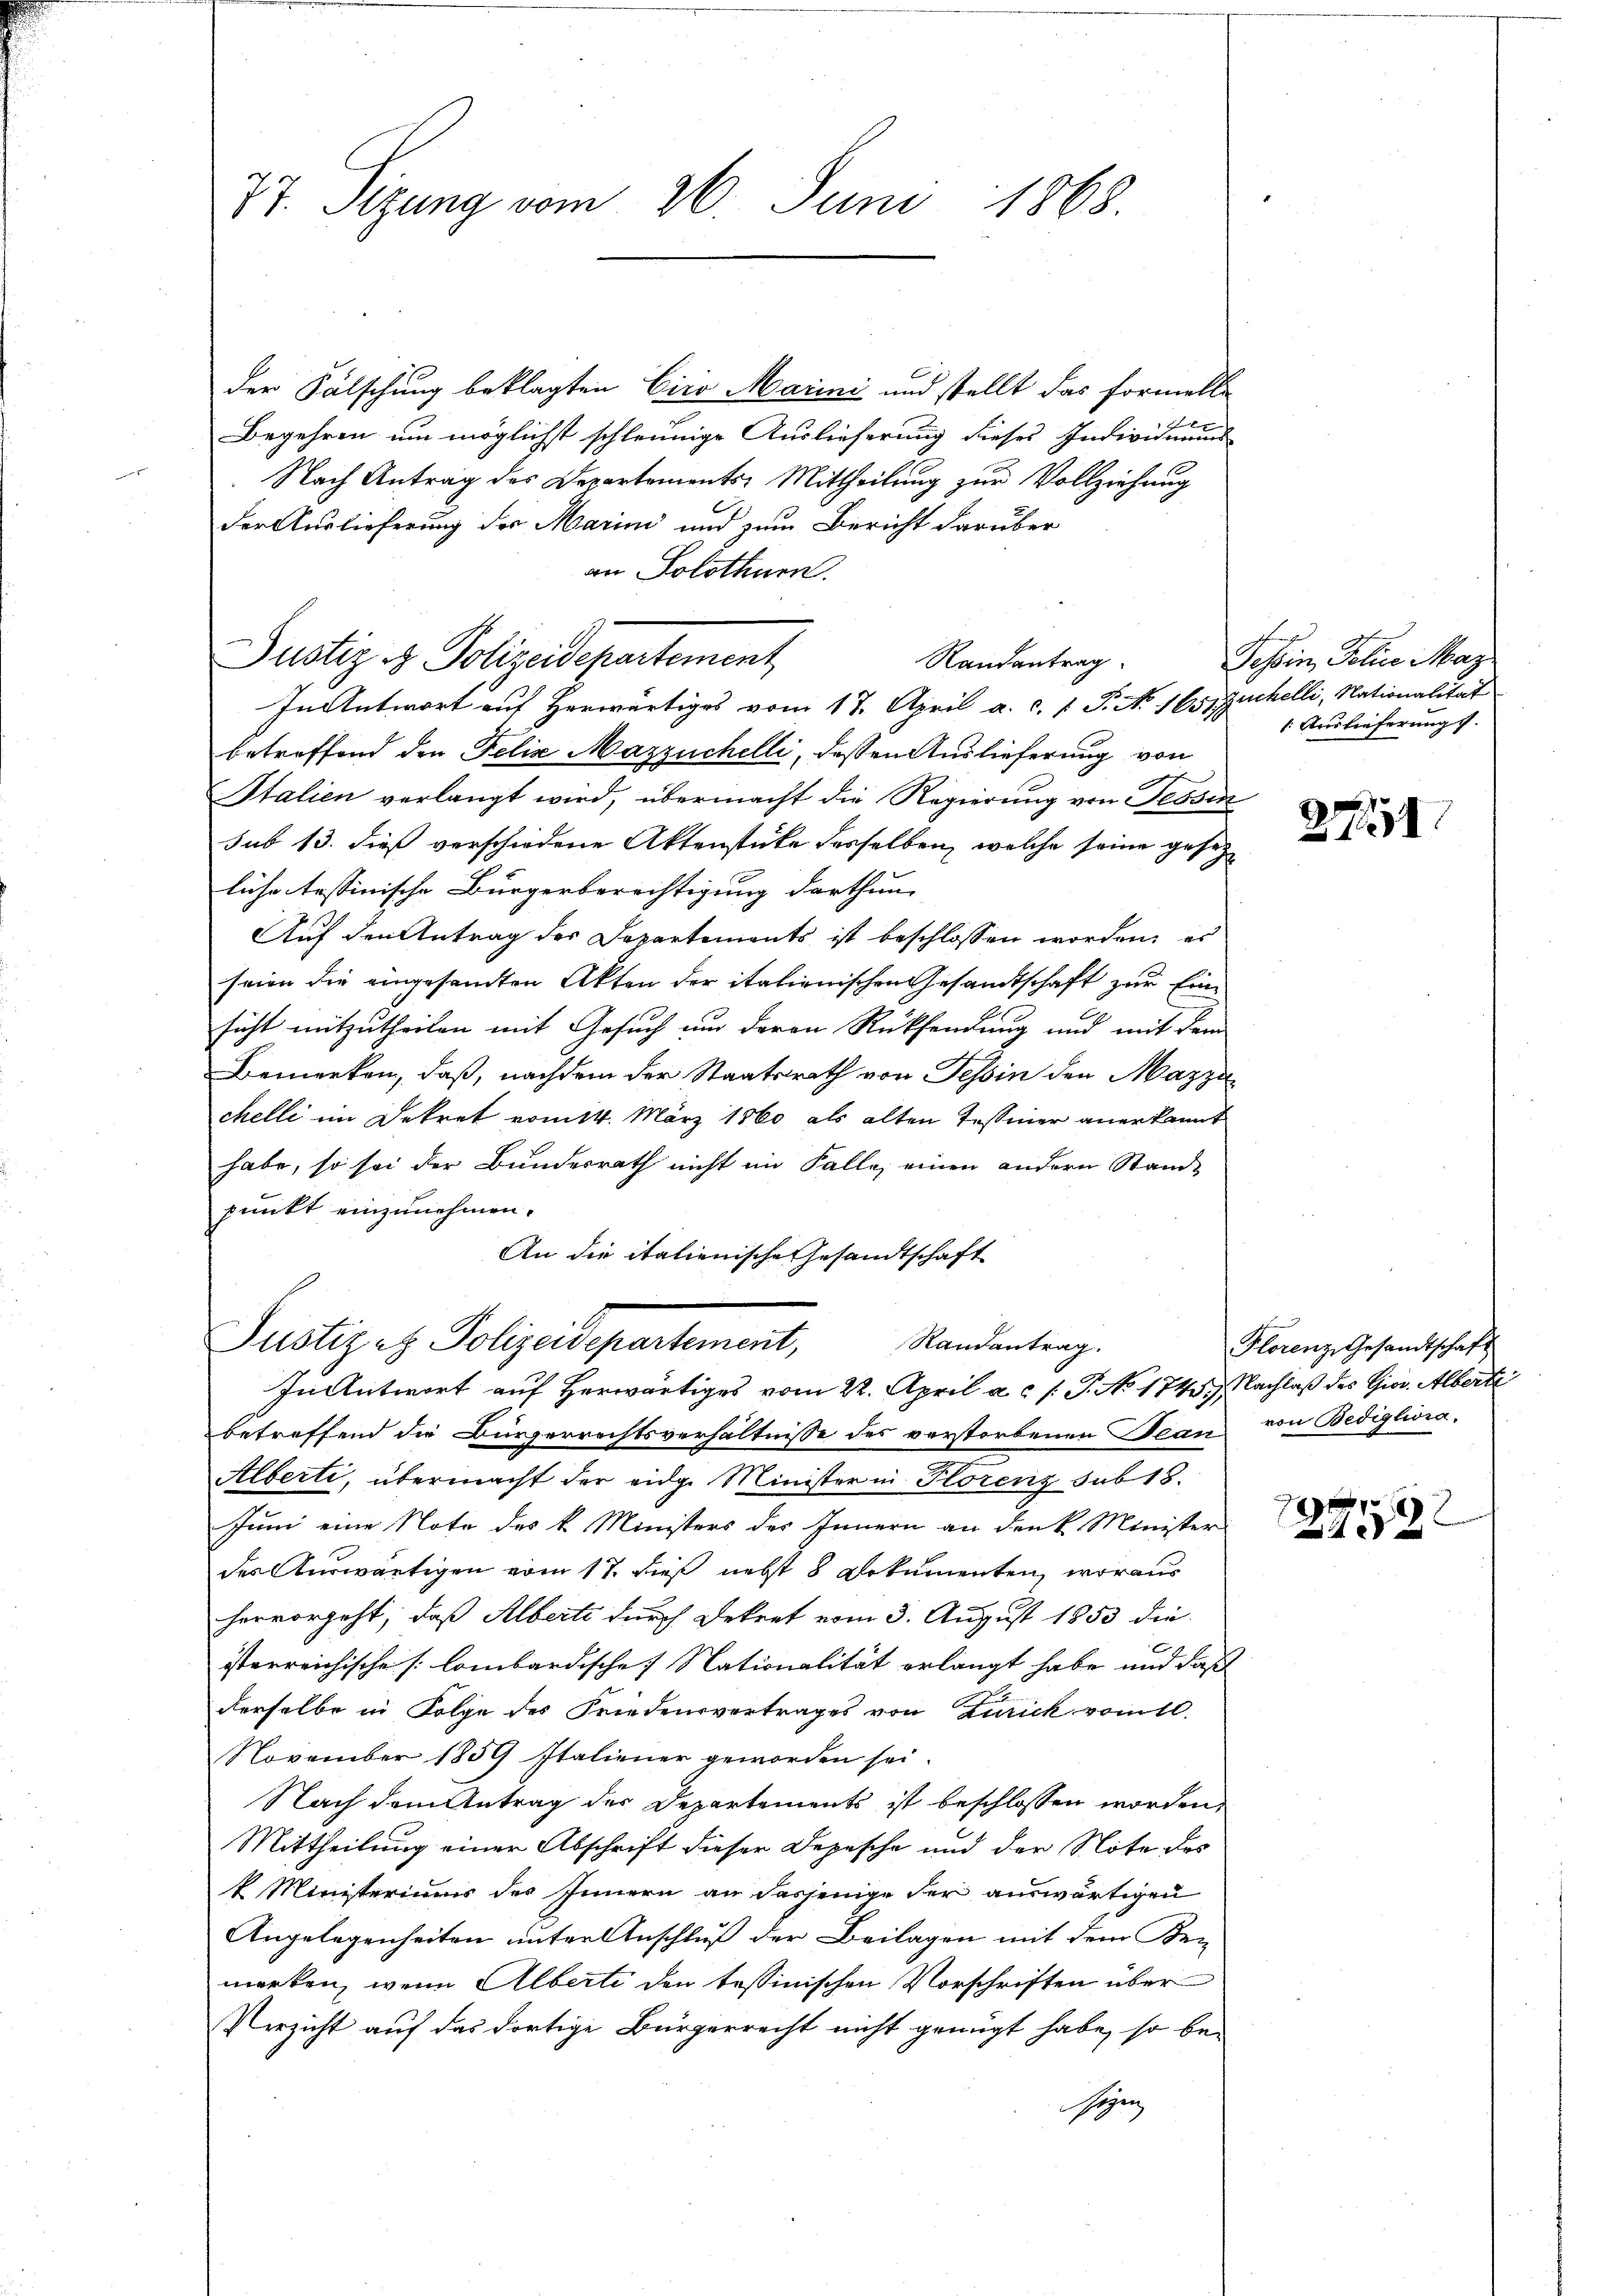
77. Sizung vom 26. Juni 1868.

der Fälschung beklagten Ciro Marini und stellt das Formelle
E
Begehren um möglichst schleunige Auslieferung dieses Individuums
Nach Antrag des Departements-Mittheilung zur Vollziehung
der Auslieferung der Marini und zum Bericht darüber
an Solothurn.
In Antwort auf Herwärtiges vom 17. April a. c. s. P. No 165, Zuchelli, Nationalität
betreffend den Felix Mazzüchelli, dessen Auslieferung von
Italien verlangt wird, übermacht die Regierung von Tessi
sub 13. dieß verschiedene Aktenstücke desselben, welche seine gesezliche testinische Bürgerberechtigung darthum
Auf den Antrag der Departements ist beschlossen worden; es
seien die eingesandten Akten der italienischen Gesandtschaft zur Einsicht mitzutheilen mit Gesuch um deren Rücksendung und mit dem
Bemerken, daß, nachdem der Staatsrath von Tessin den Mazzi
chelli im Dekret vom 14. März 1860 als alten Tessiner anerkannt
habe, so sei der Bundesrath nicht im Falle, einen andern Stande
punkt einzunehmen.
An die italienische Gesandtschaft

Justiz & Polizeidepartement,

Randantrag

Justiz ez Polizeidepartement,
Randantrag.
In Antwort auf Herwärtiges vom 22. April a. f. P. No 174. Nachlaß des Gior. Albert

betreffend die Bürgerrechtsverhältnisse des verstorbenen Bean von Bedigliora¬
Alberti, übermacht der eidg. Minister in Florenz sub 18.
Juni eine Noto des k. Ministers des Innern an den k. Minister
des Auswärtigen vom 17. dieß nebst 8 Dokumenten, woraus
hervorgeht, daß Alberte durch Dekret vom 3. August 1853 die
x
isterreichische [ lombardische Nationalität erlangt habe und daß
derselbe in Folge des Friedensvertrages von Zurick vom 10.
November 1859 Italiener geworden sei.
Nach dem Antrag der Departements ist beschlossen worden,
Mittheilung einer Abschrift dieser Depesche und der Note des
k Ministeriums des Innern an dasjenige der auswärtigen
Angelegenheiten unter Anschluß der Beilagen mit dem Kei-
merken, wenn Alberte den tessinischen Vorschriften über
Verzicht auf das dortige Bürgerrecht nicht genügt habe, so be-
sizen

Tessin, Police May
1. Auslieferungs

251

Florenz Gesandtschaft

1